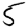
Digit: 5